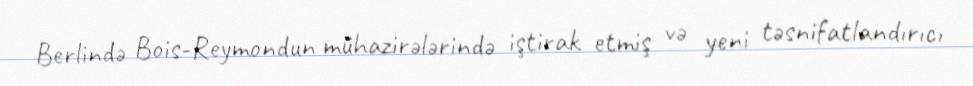
Berlində Bois-Reymondun mühazirələrində iştirak etmiş və yeni təsnifatlandırıcı